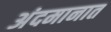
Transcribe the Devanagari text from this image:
अंदमानात